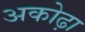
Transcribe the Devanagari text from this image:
अकोढ़ा